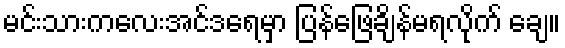
မင်းသားကလေးအင်ဒရေမှာ ပြန်ဖြေချိန်မရလိုက် ချေ။